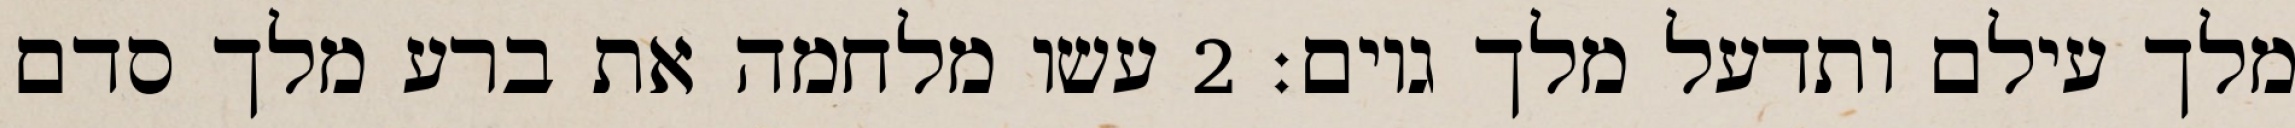
מלך עילם ותדעל מלך גוים׃ ‎2‏ עשו מלחמה את ברע מלך סדם